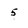
Character: 5